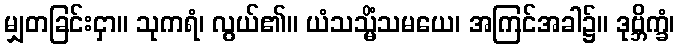
မျှတခြင်းငှာ။ သုကရံ၊ လွယ်၏။ ယံသသ္မိံသမယေ၊ အကြင်အခါ၌။ ဒုဗ္ဘိက္ခံ၊